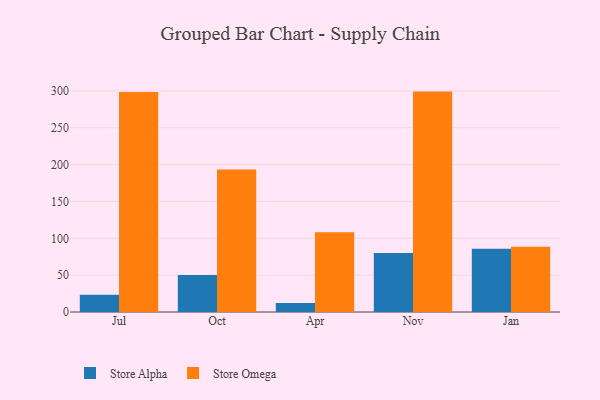
{"axis": {"x": "Month", "y": "Backlog"}, "legend": ["Store Alpha", "Store Omega"], "data": [{"x": "Jul", "y": 23.5, "type": "Store Alpha"}, {"x": "Jul", "y": 298.7, "type": "Store Omega"}, {"x": "Oct", "y": 50.2, "type": "Store Alpha"}, {"x": "Oct", "y": 193.5, "type": "Store Omega"}, {"x": "Apr", "y": 12.3, "type": "Store Alpha"}, {"x": "Apr", "y": 108.1, "type": "Store Omega"}, {"x": "Nov", "y": 79.9, "type": "Store Alpha"}, {"x": "Nov", "y": 299.1, "type": "Store Omega"}, {"x": "Jan", "y": 85.9, "type": "Store Alpha"}, {"x": "Jan", "y": 88.7, "type": "Store Omega"}]}